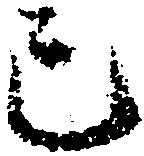
已